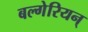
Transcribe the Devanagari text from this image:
बल्गेरियन्